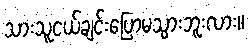
သားသူငယ်ချင်းပြောမသွားဘူးလား။